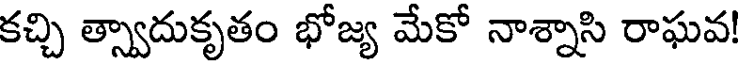
కచ్చి త్స్వాదుకృతం భోజ్య మేకో నాశ్నాసి రాఘవ!